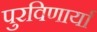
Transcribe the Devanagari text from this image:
पुरविणार्या